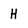
Character: H